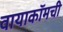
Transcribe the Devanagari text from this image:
वायाकॉमची